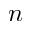
n